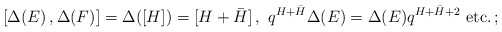
\begin{align*}[\Delta (E)\,,\Delta (F)]=\Delta ([H]) = [H+\bar H]\,,\,\,q^{H+\bar H} \Delta (E) = \Delta (E) q^{H+\bar H +2}\,\, {\rm{etc.}}\,;\end{align*}